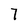
Character: 7